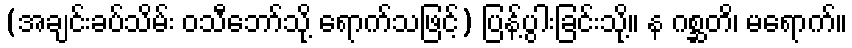
(အချင်းခပ်သိမ်း ဝသီဘော်သို့ ရောက်သဖြင့်) ပြန့်ပွါးခြင်းသို့။ န ဂစ္ဆတိ၊ မရောက်။